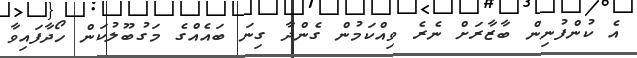
އެ ކުންފުނިން ބާޒާރަށް ނެރެ ވިއްކަމުން ގެންދާ ގިނަ ބައެއްގެ މަގުބޫލުކަން ހޯދާފައިވާ